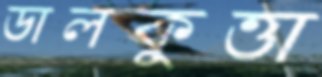
ডালকুত্তা